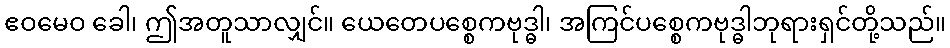
ဧဝမေဝ ခေါ၊ ဤအတူသာလျှင်။ ယေတေပစ္စေကဗုဒ္ဓါ၊ အကြင်ပစ္စေကဗုဒ္ဓါဘုရားရှင်တို့သည်။